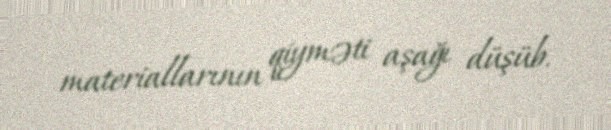
materiallarının qiyməti aşağı düşüb.